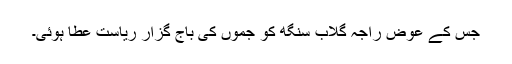
جس کے عوض راجہ گلاب سنگھ کو جموں کی باج گزار ریاست عطا ہوئی۔